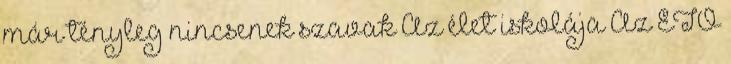
már tényleg nincsenek szavak Az élet iskolája Az ETO